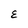
Character: E